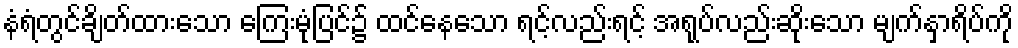
နံရံတွင်ချိတ်ထားသော ကြေးမုံပြင်၌ ထင်နေသော ရင့်လည်းရင့် အရုပ်လည်းဆိုးသော မျက်နှာရိပ်ကို